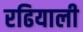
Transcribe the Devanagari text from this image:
रढियाली